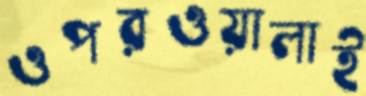
ওপরওয়ালাই